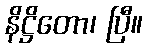
နိဋ္ဌိတော၊ ပြီ။